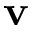
\bf v